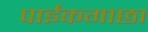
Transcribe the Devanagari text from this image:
पाईकगाछा